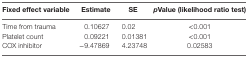
<table><thead><tr><td><b>Fixed effect variable</b></td><td><b>Estimate</b></td><td><b>SE</b></td><td><b><i>p</i>Value (likelihood ratio test)</b></td></tr></thead><tbody><tr><td>Time from trauma</td><td>0.10627</td><td>0.02</td><td>&lt;0.001</td></tr><tr><td>Platelet count</td><td>0.09221</td><td>0.01381</td><td>&lt;0.001</td></tr><tr><td>COX inhibitor</td><td>−9.47869</td><td>4.23748</td><td>0.02583</td></tr></tbody></table>